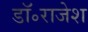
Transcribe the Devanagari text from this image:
डॉ॰राजेश